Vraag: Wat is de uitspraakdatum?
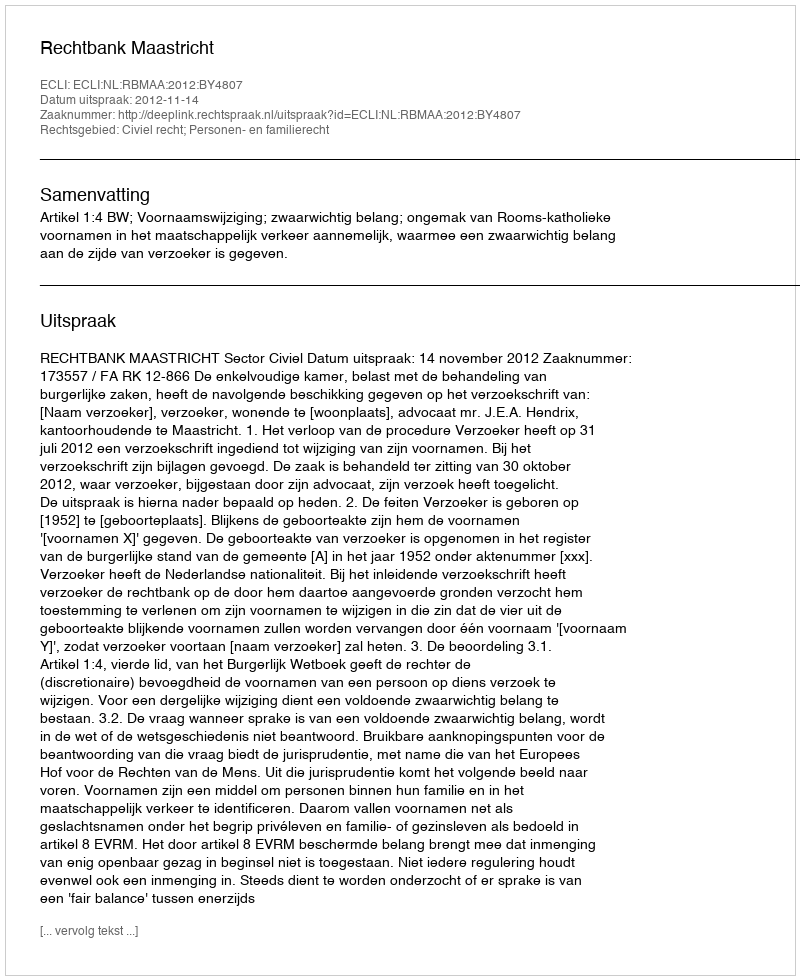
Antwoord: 2012-11-14